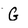
Character: G